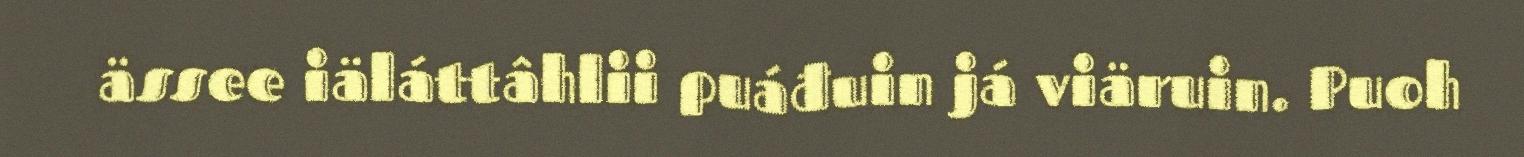
ässee iäláttâhlii puáđuin já viäruin. Puoh